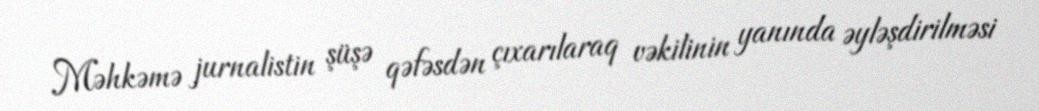
Məhkəmə jurnalistin şüşə qəfəsdən çıxarılaraq vəkilinin yanında əyləşdirilməsi